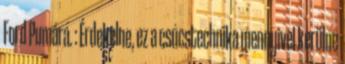
Ford Pumára. : Érdekelne, ez a csúcstechnika mennyivel kerülne